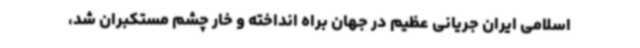
اسلامی ایران جریانی عظیم در جهان براه انداخته و خار چشم مستکبران شد،